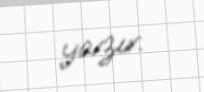
yazır.